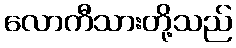
လောကီသားတို့သည်